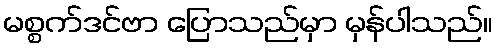
မစ္စက်ဒင်ဗာ ပြောသည်မှာ မှန်ပါသည်။